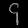
Digit: ၄